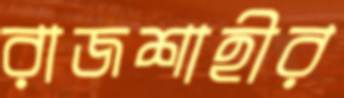
রাজশাহীর